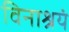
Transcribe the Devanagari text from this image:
विनाश्रयं